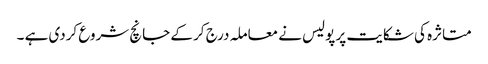
متاثرہ کی شکایت پر پولیس نے معاملہ درج کر کے جانچ شروع کردی ہے ۔